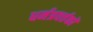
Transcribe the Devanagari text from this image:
धर्मप्रवर्त्तकों